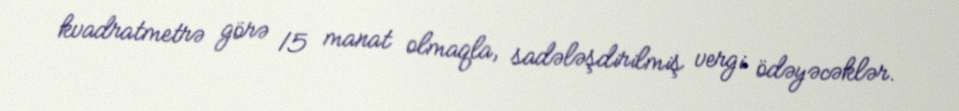
kvadratmetrə görə 15 manat olmaqla, sadələşdirilmiş vergi ödəyəcəklər.